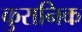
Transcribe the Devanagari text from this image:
कुरानिक